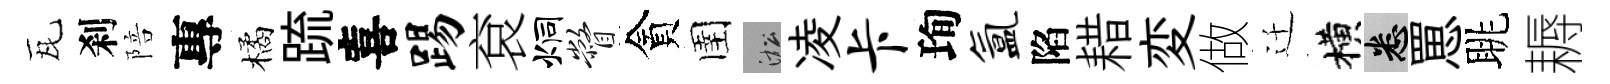
瓦刹陪專橘䟽喜踢袞炯瞥貪圉淞凌卡珣氲陷耤変做迁横悉罳眺耨